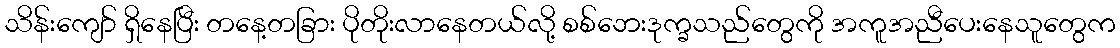
သိန်းကျော် ရှိနေပြီး တနေ့တခြား ပိုတိုးလာနေတယ်လို့ စစ်ဘေးဒုက္ခသည်တွေကို အကူအညီပေးနေသူတွေက